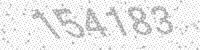
Solution: 154183